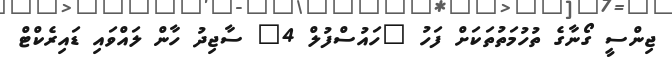
ޖިންސީ ގޯނާގެ ތުހުމަތުތަކަށް ފަހު "ހައުސްފުލް 4" ސާޖިދު ހާން ލައްވައި ޑައިރެކްޓް